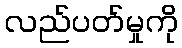
လည်ပတ်မှုကို